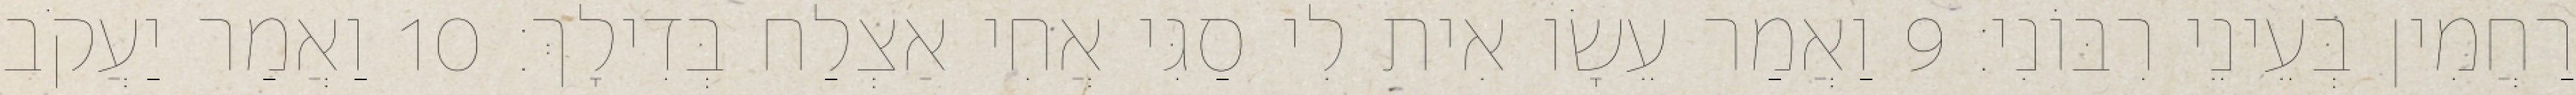
רַחֲמִין בְּעֵינֵי רִבּוֹנִי׃ 9 וַאֲמַר עֵשָׂו אִית לִי סַגִּי אֲחִי אַצְלַח בְּדִילָךְ׃ 10 וַאֲמַר יַעֲקֹב